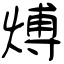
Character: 煿